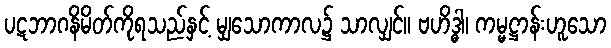
ပဋဘာဂနိမိတ်ကိုရသည်နှင့် မျှသောကာလ၌ သာလျှင်။ ဗဟိဒ္ဓါ၊ ကမ္မဋ္ဌာန်းဟူသော